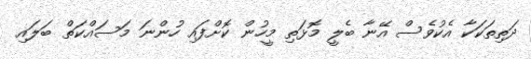
ދަތިތަކަކާ އެކުވެސް އޭނާ ބެލީ މޮޅަތި މީހުން ކޮށްފައި ހުންނަ މަސައްކަތް ބަލައި